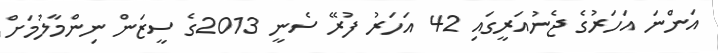
އަންނަ އަހަރުގެ ޖެނުއަރީގައި 42 އަހަރު ފުރޭ ސެނީ 2013ގެ ސީޒަން ނިންމާލުމަށް